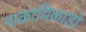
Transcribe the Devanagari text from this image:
नाकामिकाडो